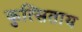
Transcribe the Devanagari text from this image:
कुत्सिताय